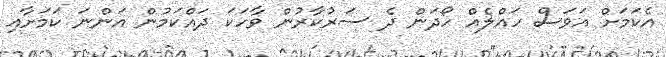
އެކަމަށް އަވަސް ހައްލެއް ހޯދަން ދެ ސަރުކާރުން ވާހަކަ ދައްކަމުން އަންނަ ކަމަށާއި